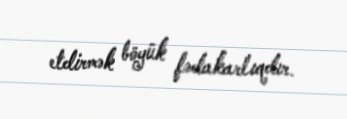
etdirmək böyük fədakarlıqdır.